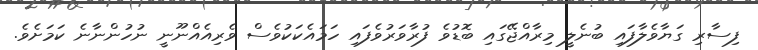
ފިސާރި ގަޔާވެލާފައި ބުނެލީ މިރާއްޖޭގައި ބޮޑުވެ ފުރާވަރުވެފައި ހަމައެކަކުވެސް ވެރިއެއްނޫނީ ނުހުންނާނެ ކަމަށެވެ.